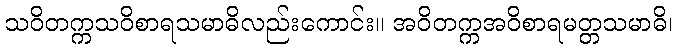
သဝိတက္ကသဝိစာရသမာဓိလည်းကောင်း။ အဝိတက္ကအဝိစာရမတ္တသမာဓိ၊